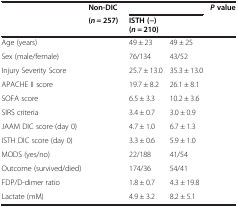
<table><thead><tr><td rowspan="2">[EMPTY_CELL]</td><td><b>Non-DIC</b></td><td colspan="2">[EMPTY_CELL]</td><td rowspan="2"><b><i>P </i>value</b></td></tr><tr><td><b>(<i>n</i> = 257)</b></td><td><b>ISTH (−) (<i>n</i> = 210)</b></td><td>[EMPTY_CELL]</td></tr></thead><tbody><tr><td>Age (years)</td><td>[EMPTY_CELL]</td><td>49 ± 23</td><td>49 ± 25</td><td>[EMPTY_CELL]</td></tr><tr><td>Sex (male/female)</td><td>[EMPTY_CELL]</td><td>76/134</td><td>43/52</td><td>[EMPTY_CELL]</td></tr><tr><td>Injury Severity Score</td><td>[EMPTY_CELL]</td><td>25.7 ± 13.0</td><td>35.3 ± 13.0</td><td>[EMPTY_CELL]</td></tr><tr><td>APACHE II score</td><td>[EMPTY_CELL]</td><td>19.7 ± 8.2</td><td>26.1 ± 8.1</td><td>[EMPTY_CELL]</td></tr><tr><td>SOFA score</td><td>[EMPTY_CELL]</td><td>6.5 ± 3.3</td><td>10.2 ± 3.6</td><td>[EMPTY_CELL]</td></tr><tr><td>SIRS criteria</td><td>[EMPTY_CELL]</td><td>3.4 ± 0.7</td><td>3.0 ± 0.9</td><td>[EMPTY_CELL]</td></tr><tr><td>JAAM DIC score (day 0)</td><td>[EMPTY_CELL]</td><td>4.7 ± 1.0</td><td>6.7 ± 1.3</td><td>[EMPTY_CELL]</td></tr><tr><td>ISTH DIC score (day 0)</td><td>[EMPTY_CELL]</td><td>3.3 ± 0.6</td><td>5.9 ± 1.0</td><td>[EMPTY_CELL]</td></tr><tr><td>MODS (yes/no)</td><td>[EMPTY_CELL]</td><td>22/188</td><td>41/54</td><td>[EMPTY_CELL]</td></tr><tr><td>Outcome (survived/died)</td><td>[EMPTY_CELL]</td><td>174/36</td><td>54/41</td><td>[EMPTY_CELL]</td></tr><tr><td>FDP/D-dimer ratio</td><td>[EMPTY_CELL]</td><td>1.8 ± 0.7</td><td>4.3 ± 19.8</td><td>[EMPTY_CELL]</td></tr><tr><td>Lactate (mM)</td><td>[EMPTY_CELL]</td><td>4.9 ± 3.2</td><td>8.2 ± 5.1</td><td>[EMPTY_CELL]</td></tr></tbody></table>